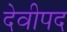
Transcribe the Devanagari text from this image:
देवीपद